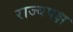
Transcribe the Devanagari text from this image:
राज्यपक्ष